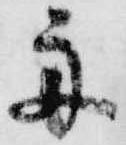
舟